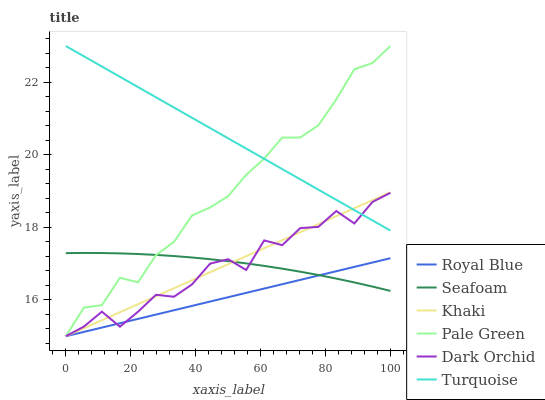
| xaxis_label | Royal Blue | Seafoam | Khaki | Pale Green | Dark Orchid | Turquoise |
 | --- | --- | --- | --- | --- | --- | --- |
 | 0 | 15 | 17.3 | 15 | 15 | 15 | 23 |
 | 5.56 | 15.1 | 17.3 | 15.2 | 15.8 | 15.3 | 22.7 |
 | 11.1 | 15.2 | 17.3 | 15.4 | 15.9 | 15.7 | 22.4 |
 | 16.7 | 15.4 | 17.3 | 15.7 | 16.6 | 15.3 | 22.2 |
 | 22.2 | 15.5 | 17.3 | 15.9 | 16.5 | 15.7 | 21.9 |
 | 27.8 | 15.6 | 17.2 | 16.1 | 17.2 | 16.1 | 21.6 |
 | 33.3 | 15.7 | 17.2 | 16.3 | 17.6 | 16.1 | 21.3 |
 | 38.9 | 15.8 | 17.2 | 16.5 | 18.3 | 16.4 | 21 |
 | 44.4 | 16 | 17.1 | 16.8 | 18.6 | 17 | 20.7 |
 | 50 | 16.1 | 17.1 | 17 | 18.9 | 17.1 | 20.5 |
 | 55.6 | 16.2 | 17 | 17.2 | 19.4 | 16.8 | 20.2 |
 | 61.1 | 16.3 | 16.9 | 17.4 | 19.9 | 17.6 | 19.9 |
 | 66.7 | 16.4 | 16.9 | 17.6 | 20.5 | 17.5 | 19.6 |
 | 72.2 | 16.6 | 16.8 | 17.9 | 20.5 | 18 | 19.3 |
 | 77.8 | 16.7 | 16.7 | 18.1 | 20.8 | 18 | 19 |
 | 83.3 | 16.8 | 16.6 | 18.3 | 21.5 | 18.5 | 18.8 |
 | 88.9 | 16.9 | 16.5 | 18.5 | 22.4 | 18.1 | 18.5 |
 | 94.4 | 17 | 16.4 | 18.8 | 22.5 | 18.7 | 18.2 |
 | 100 | 17.2 | 16.2 | 19 | 23 | 19 | 17.9 |